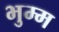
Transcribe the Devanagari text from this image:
भुम्म